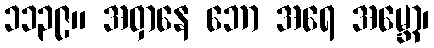
၁၁၃၉။ အဝှာနေ ဘော အရေ အမ္ဘော၊